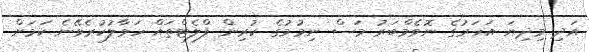
އަދި މިދިޔަ އަހަރުގެ ނޮވެމްބަރު މަސް ނިމުމުގެ ކުރިން ފްލެޓްތައް ހަވާލުކުރެވޭނެ ކަމަށް